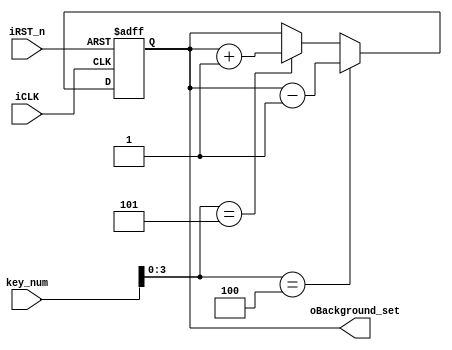
//--
module Background_Color(iCLK,iRST_n,key_num,oBackground_set);
	input iCLK, iRST_n;
	input [15:0]key_num;
	output [1:0]oBackground_set;
	
	reg [1:0]oBackground_set;
	
	always@(posedge iCLK or negedge iRST_n)
		begin
			if(!iRST_n) 
				oBackground_set<=2'b11;
			else if(key_num[3:0]==4'h4)		//S5
				oBackground_set<=oBackground_set-1;
			else if(key_num[3:0]==4'h5)		//S6
				oBackground_set<=oBackground_set+1;
			else
				oBackground_set<=oBackground_set;
		end

endmodule